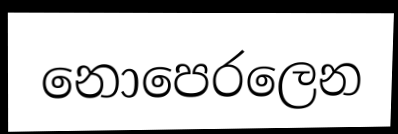
නොපෙරලෙන